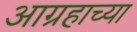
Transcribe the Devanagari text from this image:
आग्रहाच्या